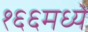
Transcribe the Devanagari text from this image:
१६६मध्ये